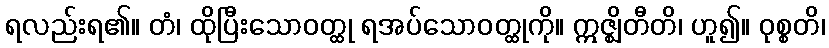
ရလည်းရ၏။ တံ၊ ထိုပြီးသောဝတ္ထု ရအပ်သောဝတ္ထုကို။ ဣဇ္ဈိတီတိ၊ ဟူ၍။ ဝုစ္စတိ၊